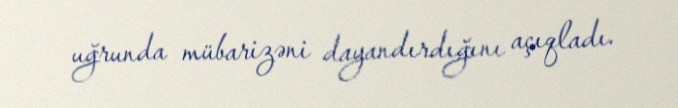
uğrunda mübarizəni dayandırdığını açıqladı.